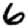
Digit: 6